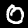
Digit: 0